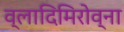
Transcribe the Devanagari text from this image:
व्लादिमिरोव्ना